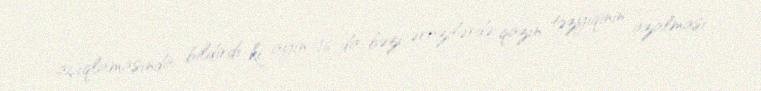
açıqlamasında bildirdi ki, ayın 16-da bəzi ərazilərdə qazın təzyiqinin azalması